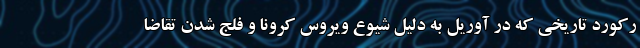
رکورد تاریخی که در آوریل به دلیل شیوع ویروس کرونا و فلج شدن تقاضا